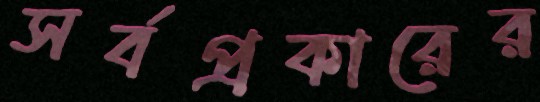
সর্বপ্রকারের